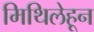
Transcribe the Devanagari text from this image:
मिथिलेहून